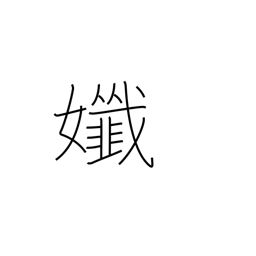
Meaning: delicate